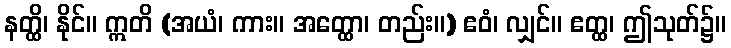
နတ္ထိ၊ နိုင်။ ဣတိ (အယံ၊ ကား။ အတ္ထော၊ တည်း။) ဧဝံ၊ လျှင်။ ဧတ္ထ၊ ဤသုတ်၌။